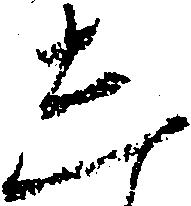
し